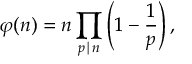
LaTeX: \varphi ( n ) = n \prod _ { p \mid n } \left( 1 - { \frac { 1 } { p } } \right) ,